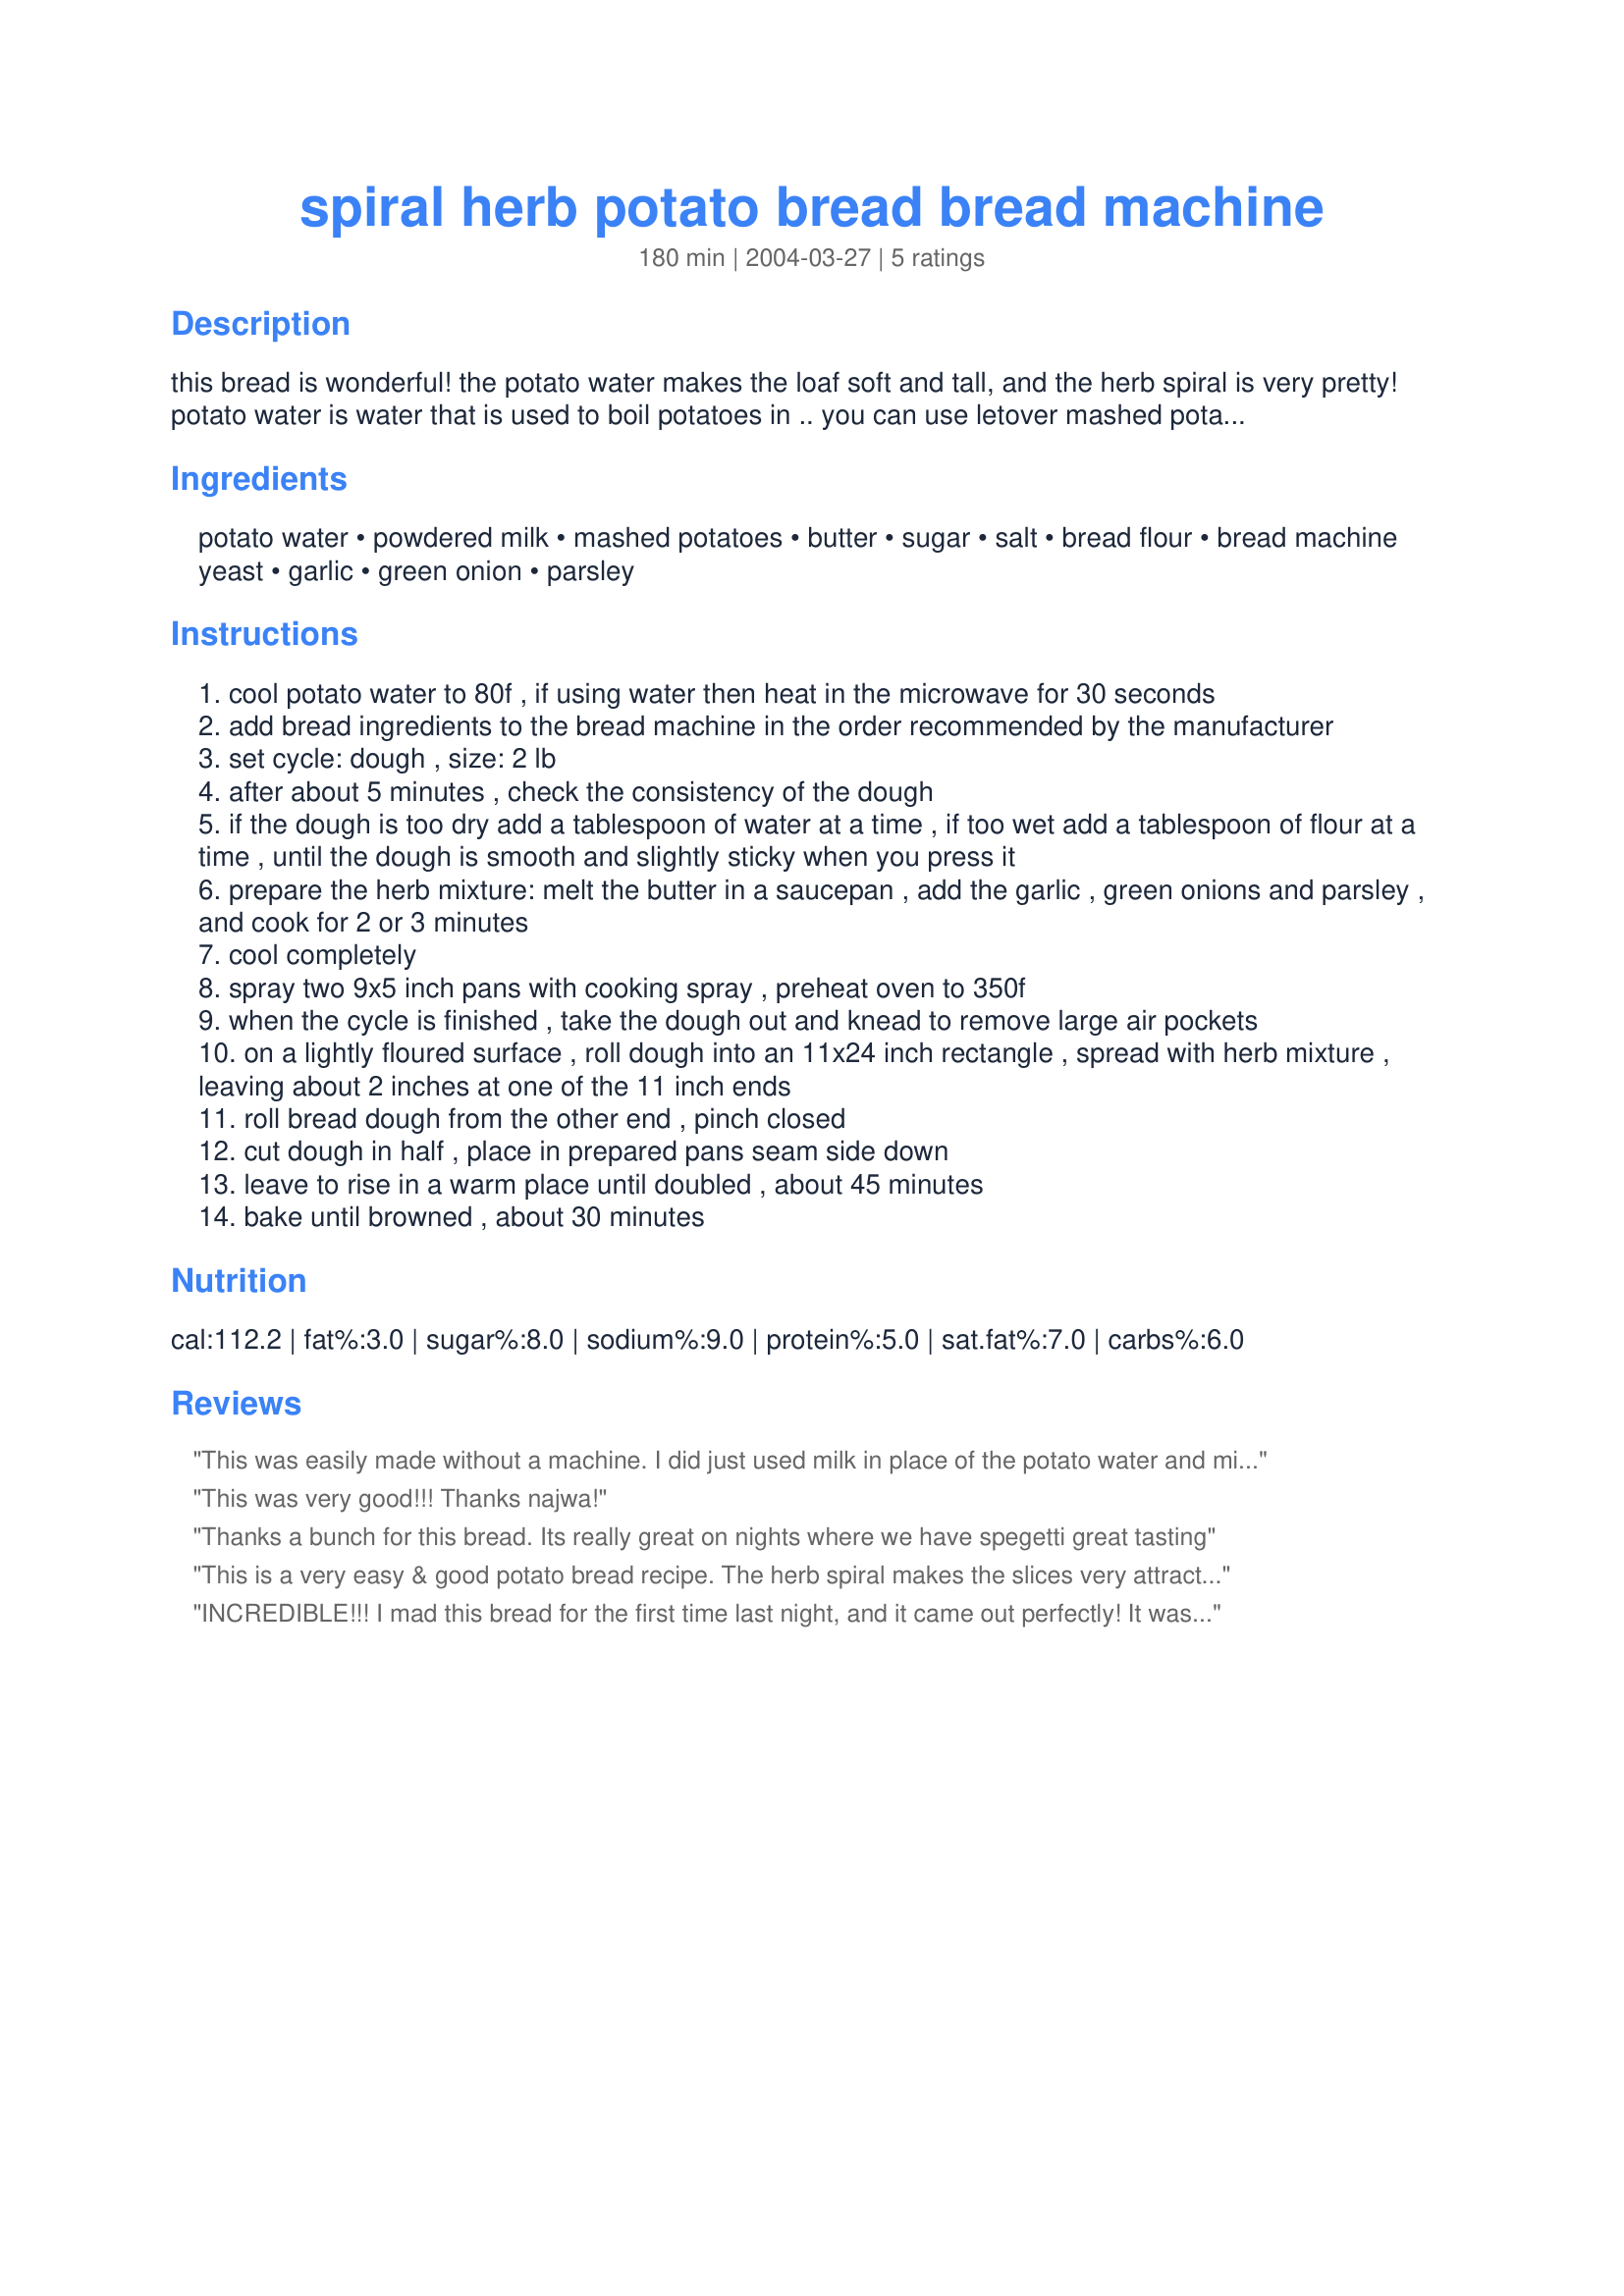
spiral herb potato bread bread machine
Preparation time: 180 minutes

this bread is wonderful! the potato water makes the loaf soft and tall, and the herb spiral is very pretty! potato water is water that is used to boil potatoes in .. you can use letover mashed potatoes for this, just make sure they are at room temperature .. this is my own recipe and i love it!

Ingredients:
potato water, powdered milk, mashed potatoes, butter, sugar, salt, bread flour, bread machine yeast, garlic, green onion, parsley

Steps:
cool potato water to 80f , if using water then heat in the microwave for 30 seconds
add bread ingredients to the bread machine in the order recommended by the manufacturer
set cycle: dough , size: 2 lb
after about 5 minutes , check the consistency of the dough
if the dough is too dry add a tablespoon of water at a time , if too wet add a tablespoon of flour at a time , until the dough is smooth and slightly sticky when you press it
prepare the herb mixture: melt the butter in a saucepan , add the garlic , green onions and parsley , and cook for 2 or 3 minutes
cool completely
spray two 9x5 inch pans with cooking spray , preheat oven to 350f
when the cycle is finished , take the dough out and knead to remove large air pockets
on a lightly floured surface , roll dough into an 11x24 inch rectangle , spread with herb mixture , leaving about 2 inches at one of the 11 inch ends
roll bread dough from the other end , pinch closed
cut dough in half , place in prepared pans seam side down
leave to rise in a warm place until doubled , about 45 minutes
bake until browned , about 30 minutes

Reviews:
This was easily made without a machine. I did just used milk in place of the potato water and milk powder, and it worked out fine.
I used rosemary and garlic in the spiral. Yum!
This was very good!!! Thanks najwa!
Thanks a bunch for this bread. Its really great on nights where we have spegetti great tasting
 This is a very easy & good potato bread recipe. The herb spiral makes the slices very attractive, but on my lazy days I have just left the dough in the bread machine and enjoyed the bread without the herbs. Still very good bread.:)
INCREDIBLE!!! I mad this bread for the first time last night, and it came out perfectly! It was so easy to make and is so moist and delicious. I used the frozen cubes of minced garlic in the filling and it was great!
